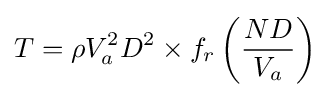
T=\rho V_{a}^{2}D^{2}\times f_{r}\left({\frac {ND}{V_{a}}}\right)